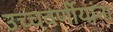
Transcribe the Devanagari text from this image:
उच्चवर्णीयांना